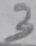
Text: 3